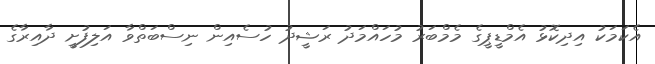
އެކަމަކު އިދިކޮޅު އެމްޑީޕީގެ މެމްބަރު މުހައްމަދު ރަޝީދު ހުސެއިން ނިސްބަތްވާ އަލިފުށީ ދާއިރާގެ